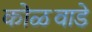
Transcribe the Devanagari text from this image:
कोळवाडे